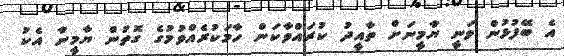
އެ ބޭފުޅުން ވަނީ ޔާމީނަށް ތާއީދު ކުރައްވާކަން ހާމަކުރެއްވުމުގެ ގޮތުން ޔާމީނާ އެކު